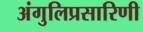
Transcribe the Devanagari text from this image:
अंगुलिप्रसारिणी